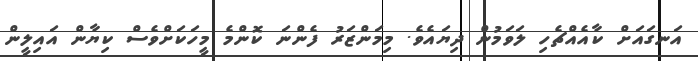
އަނގައަށް ކާއެއްޗެހި ލަވަމުން ދިޔައެވެ. މިމަންޒަރު ފެންނަ ކޮންމެ މީހަކަށްވެސް ކިޔާން އައިލީން